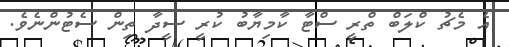
އެ މެޗު ކްލަބް ތްރީ ސްޓާ ކާމިޔާބު ކުރީ ސީދާ ތިން ސެޓުންނެވެ.